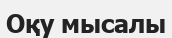
Оқу мысалы